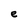
Character: e